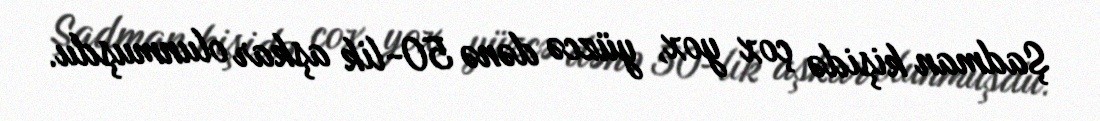
Şadman kişidə çox yox, yüzcə dənə 50-lik aşkar olunmuşdu.